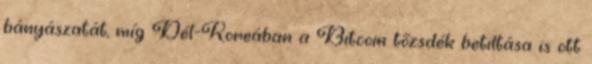
bányászatát, míg Dél-Koreában a Bitcoin tőzsdék betiltása is ott